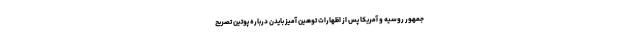
جمهور روسیه و آمریکا پس از اظهارات توهین آمیز بایدن درباره پوتین تصریح